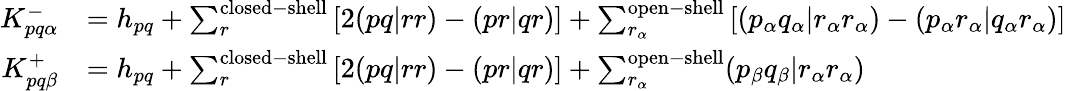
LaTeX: \begin{array}{rl}{K_{pq\alpha}^{-}}&{=h_{pq}+\sum_{r}^{\mathrm{closed-shell}}\left[2(pq|rr)-(pr|qr)\right]+\sum_{r_{\alpha}}^{\mathrm{open-shell}}\left[(p_{\alpha}q_{\alpha}|r_{\alpha}r_{\alpha})-(p_{\alpha}r_{\alpha}|q_{\alpha}r_{\alpha})\right]}\\ {K_{pq\beta}^{+}}&{=h_{pq}+\sum_{r}^{\mathrm{closed-shell}}\left[2(pq|rr)-(pr|qr)\right]+\sum_{r_{\alpha}}^{\mathrm{open-shell}}(p_{\beta}q_{\beta}|r_{\alpha}r_{\alpha})}\end{array}